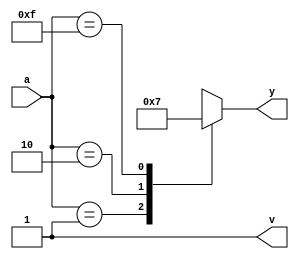
module dec(a,y,v);
input [3:0]a;
output reg [1:0]y;
output reg v;
always@(*)begin
v=1;
y=2'b00;
case(a)
4'b0001:y=2'b00;
4'b0010:y=2'b01;
4'b0010:y=2'b10;
4'b1111:y=2'b11;
default y=2'bxx;
endcase
end
endmodule